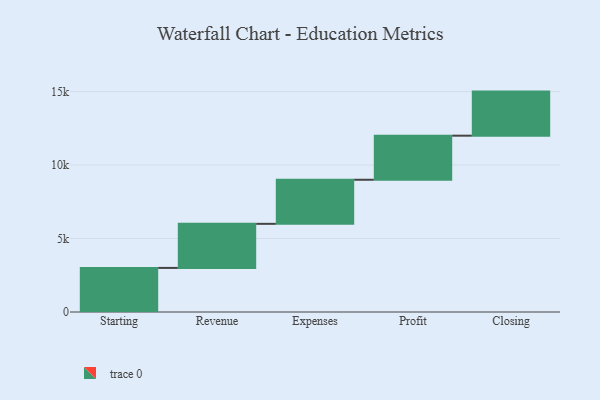
{"axis": {"x": "Step", "y": "Value"}, "legend": [""], "data": [{"x": "Starting", "y": 3000, "type": ""}, {"x": "Revenue", "y": 3000, "type": ""}, {"x": "Expenses", "y": 3000, "type": ""}, {"x": "Profit", "y": 3000, "type": ""}, {"x": "Closing", "y": 3000, "type": ""}]}